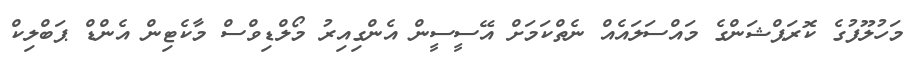
މަހުލޫފުގެ ކޮރަޕްޝަންގެ މައްސަލައެއް ނެތްކަމަށް އޭސީސީން އެންގިއިރު މޯލްޑިވްސް މާކެޓިން އެންޑް ޕަބްލިކް